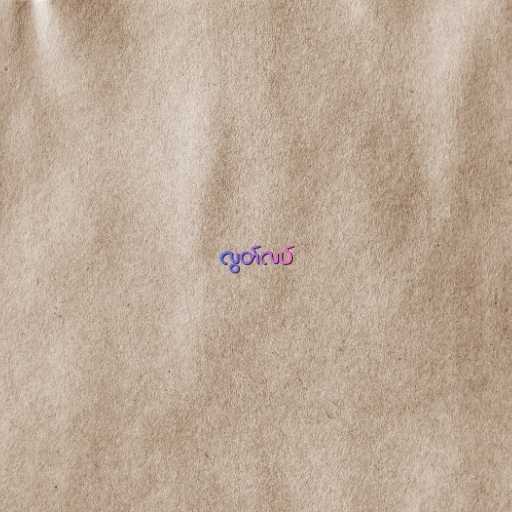
လွတ်လပ်